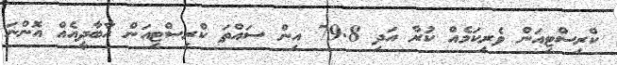
ކްރިސްޓިއަން ވެރިކަމެއް ކުރާ އަދި 79.8 އިން ސައްތަ ކްރިސްޓިއަން އާބާދީއެއް އޮންނަ